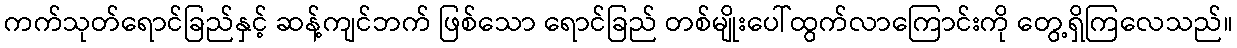
ကက်သုတ်ရောင်ခြည်နှင့် ဆန့်ကျင်ဘက် ဖြစ်သော ရောင်ခြည် တစ်မျိုးပေါ်ထွက်လာကြောင်းကို တွေ့ရှိကြလေသည်။